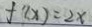
f ^ { \prime } ( x ) = 2 x